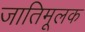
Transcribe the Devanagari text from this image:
जातिमूलक